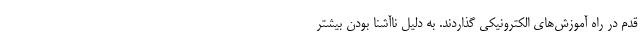
قدم در راه آموزش‌های الکترونیکی گذاردند. به دلیل ناآشنا بودن بیشتر